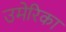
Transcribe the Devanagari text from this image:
उमेरिका